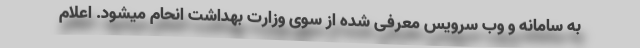
به سامانه و وب سرویس معرفی شده از سوی وزارت بهداشت انحام میشود. اعلام